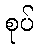
စုပ်